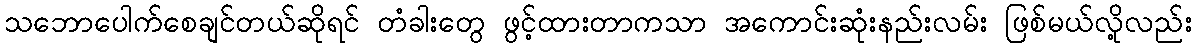
သဘောပေါက်စေချင်တယ်ဆိုရင် တံခါးတွေ ဖွင့်ထားတာကသာ အကောင်းဆုံးနည်းလမ်း ဖြစ်မယ်လို့လည်း